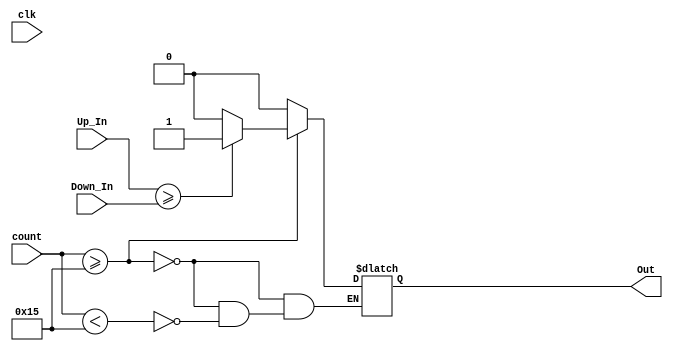
`timescale 1ns / 1ps

(* DONT_TOUCH = "true" *)
module Comparator(
    input [0:15] Up_In, Down_In,
    input clk,
    input [0:4] count,
    output reg Out 
);

    always@( count or Up_In or Down_In )begin
        
        if( count >= 5'd21 )begin
            
            if( Up_In >= Down_In )begin
                Out = 1'b1;
            end
            
            else begin
                Out = 1'b0;
            end

        end

        else if( count < 5'd21 )begin
            Out = 1'b0;    
        end

    end

endmodule